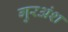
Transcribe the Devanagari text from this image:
गुरअंश